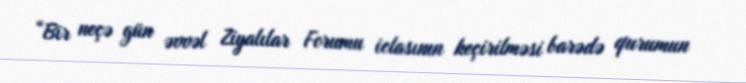
“Bir neçə gün əvvəl Ziyalılar Forumu iclasının keçirilməsi barədə qurumun